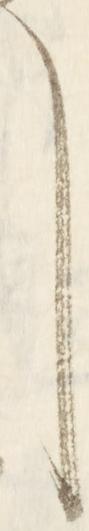
し